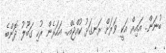
ބުނަން.. އައިރް އަކީ ވަރަށް ރަނގަޅު ކުއްޖެއް.. އަހަރެން ރުހި ގަބޫލު ދޮންބެ